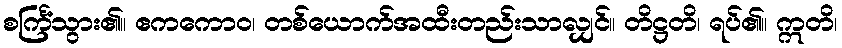
စင်္ကြံသွား၏။ ဧကကောဝ၊ တစ်ယောက်အထီးတည်းသာလျှင်။ တိဋ္ဌတိ၊ ရပ်၏။ ဣတိ၊